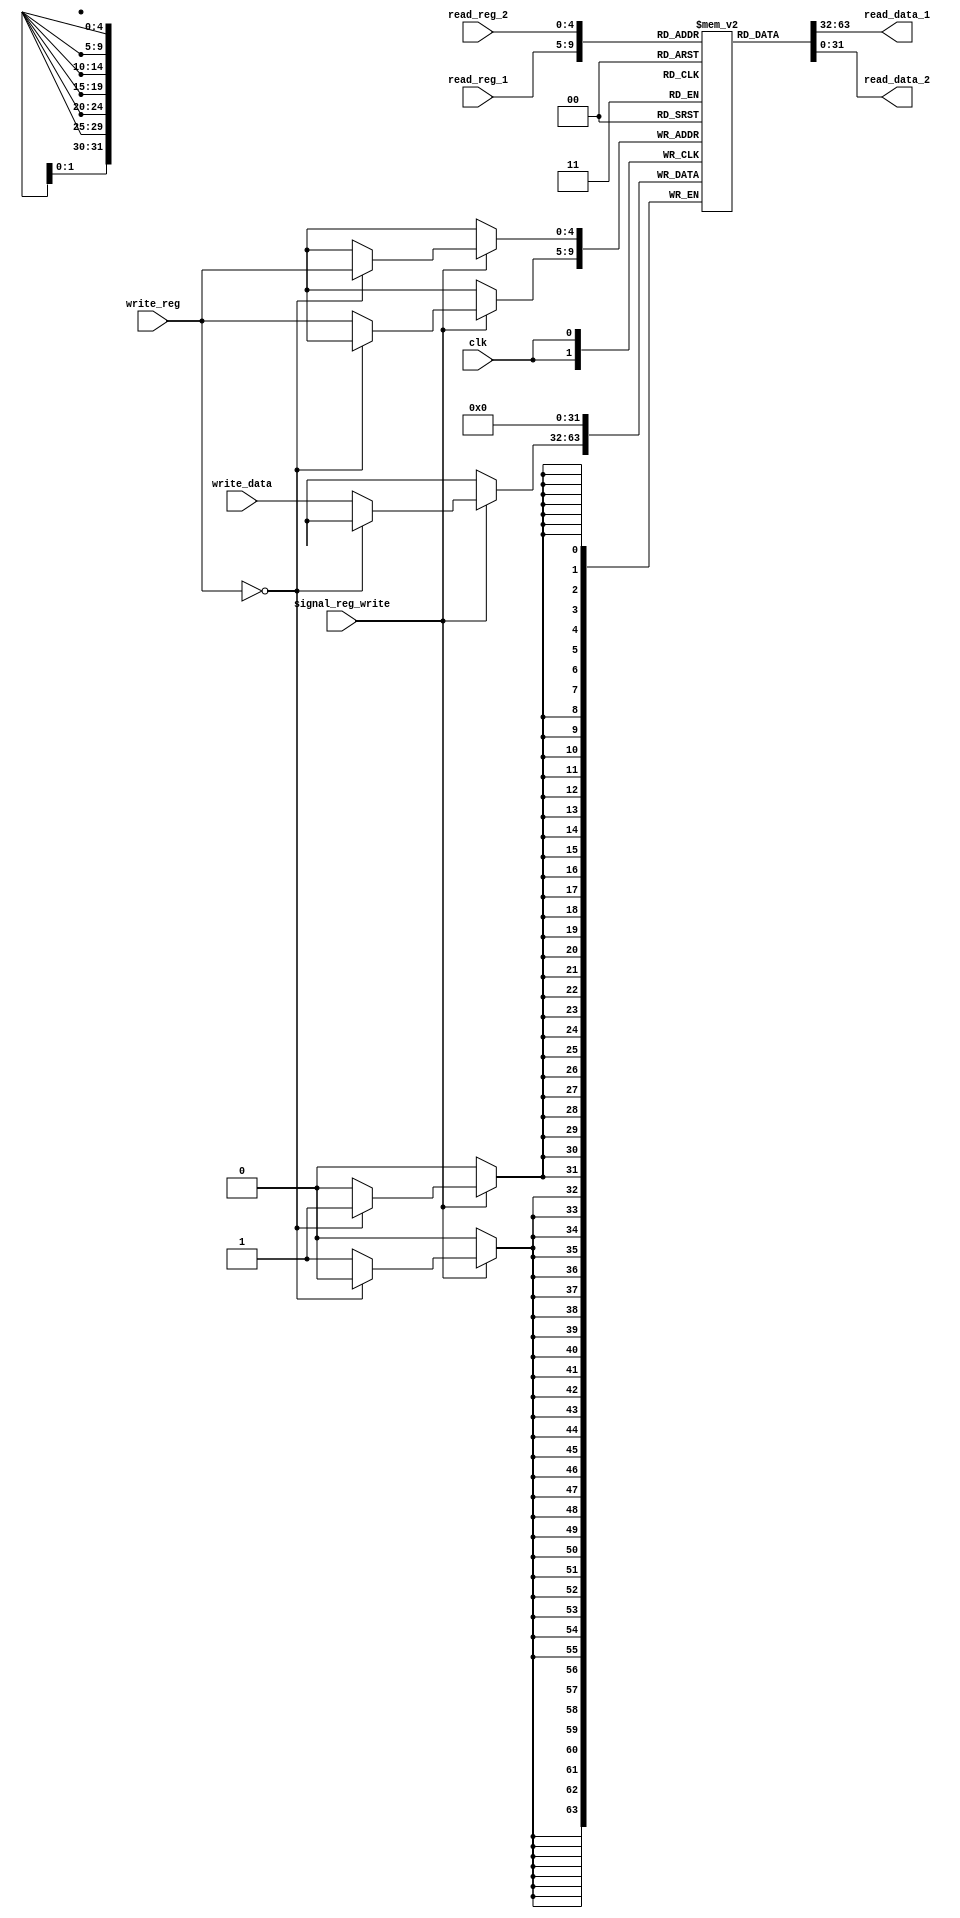
module mips_registers
( read_data_1, read_data_2, write_data, read_reg_1, read_reg_2, write_reg, signal_reg_write, clk );

	output [31:0] read_data_1, read_data_2;
	input [31:0] write_data;
	input [4:0] read_reg_1, read_reg_2, write_reg;
	input signal_reg_write, clk;
	
	reg [31:0] registers [31:0];
	
	assign read_data_1 = registers[read_reg_1];	// Read into $rs content from registers[$rs address].
	assign read_data_2 = registers[read_reg_2];	// Read into $rt content from registers[$rt address].
	
	always @(posedge clk)			// While clock is posedge do below.
	begin
		if( signal_reg_write == 1'b1 )	// If signal write is 1 then do below.
		begin
			if( write_reg == 5'd0 )			// If it tries to write into $zero register then do below.  
			begin
				registers[write_reg] <= 32'd0;	// Write 0 again and keep it safe.
			end
			else
			begin
				registers[write_reg] <= write_data;	// Otherwise write $rd content to registers[$rd address].
			end
		end
	end
	
endmodule